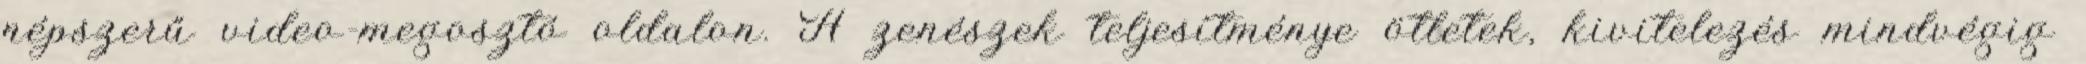
népszerű video-megosztó oldalon. A zenészek teljesítménye ötletek, kivitelezés mindvégig